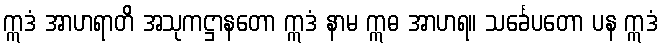
ဣဒံ အာဟရာတိ အသုကဋ္ဌာနတော ဣဒံ နာမ ဣဓ အာဟရ။ သင်္ခေပတော ပန ဣဒံ